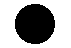
.